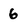
Character: 6